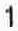
1